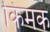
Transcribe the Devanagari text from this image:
किमक